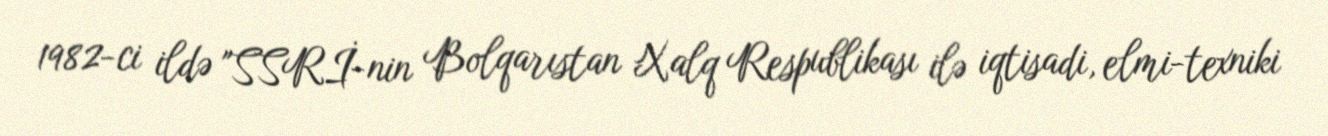
1982-ci ildə "SSRİ-nin Bolqarıstan Xalq Respublikası ilə iqtisadi, elmi-texniki